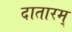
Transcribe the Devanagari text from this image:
दातारम्